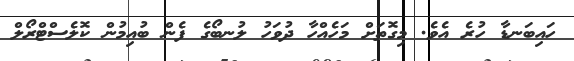
ހައިބަނޑާ ހުރެ އެވެ. މިގޮތަށް މަހެއްހާ ދުވަހު ލުނބޯގެ ފެން ބުއިމުން ކޮލެސްޓްރޯލް